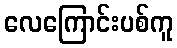
လေကြောင်းပစ်ကူ